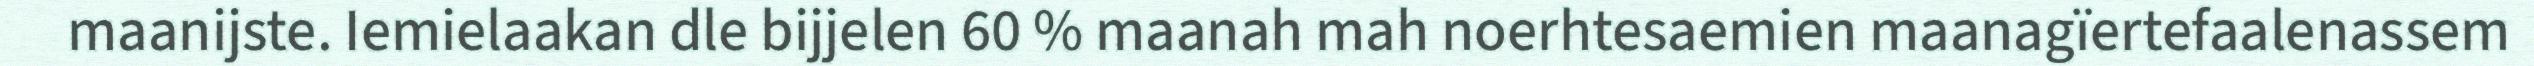
maanijste. Iemielaakan dle bijjelen 60 % maanah mah noerhtesaemien maanagïertefaalenassem